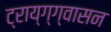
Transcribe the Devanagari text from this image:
ट्राय्ग्ग्वासन